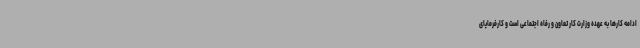
ادامه کارها به عهده وزارت کار تعاون و رفاه اجتماعی است و کارفرمایای